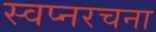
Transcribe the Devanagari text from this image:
स्वप्नरचना